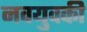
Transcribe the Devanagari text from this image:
नवयुवकी